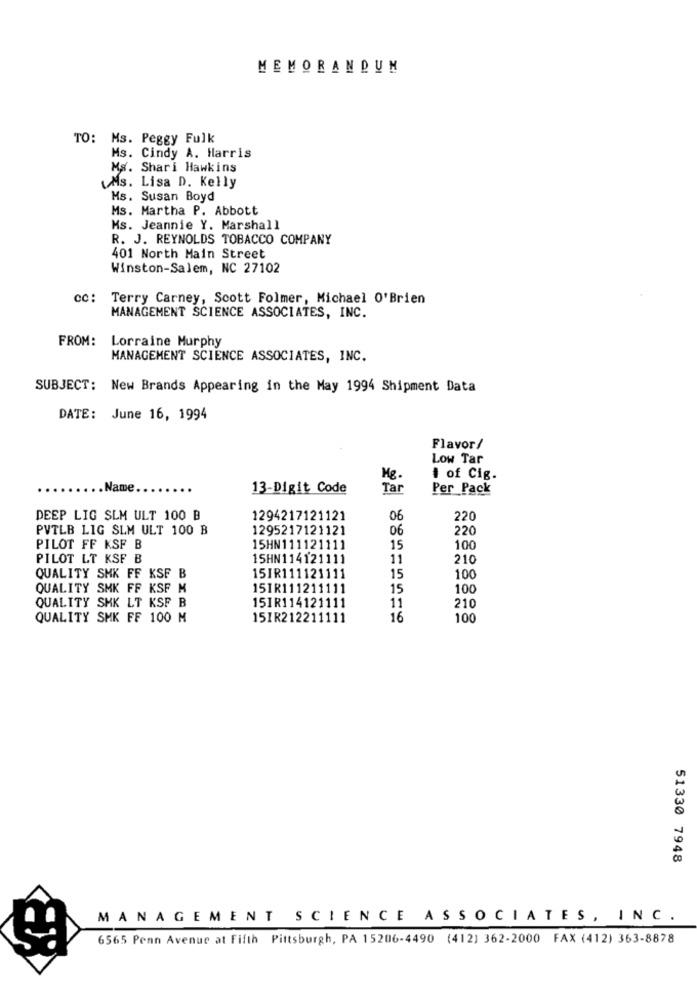
MEMORANDUM
TO: Ms. Peggy Fulk
Ms. Cindy A. Harris
Ms. Shari Hawkins
Ms. Lisa D. Kelly
Ms. Susan Boyd
Ms. Martha P. Abbott
Ms. Jeannie Y. Marshall
R. J. REYNOLDS TOBACCO COMPANY
401 North Main Street
Winston-Salem, NC 27102
cc: Terry Carney, Scott Folmer, Michael O'Brien
MANAGEMENT SCIENCE ASSOCIATES, INC.
FROM: Lorraine Murphy
MANAGEMENT SCIENCE ASSOCIATES, INC.
SUBJECT: New Brands Appearing in the May 1994 Shipment Data
DATE: June 16, 1994
Flavor/
Low Tar
Mg
1 of Cig.
Name
13-Digit Code
Tar
Per Pack
DEEP LIG SLM ULT 100 B
1294217121121
06
220
PVTLB LIG SLM ULT 100 B
1295217121121
06
220
PILOT FF KSF B
15HN111121111
15
100
PILOT LT KSF B
15HN114121111
11
210
QUALITY SMK FF KSF B
15IR111121111
15
100
QUALITY SMK FF KSF M
15IR111211111
15
100
QUALITY SHK LT KSF B
15IR114121111
11
210
QUALITY SMK FF 100 M
15IR212211111
16
100
51330 7948
MANAGEMENT SCIENCE ASSOCIATES, INC.
6565 Penn Avenue at Fifth Pittsburgh, PA 15206-4490 (412) 362-2000 FAX (412) 363-8878